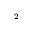
^ { 2 }